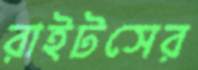
রাইটসের